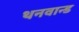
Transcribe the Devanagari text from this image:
थनवान्ड